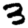
Digit: 3